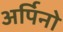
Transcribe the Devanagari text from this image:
अर्पिनो